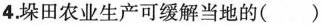
4.垛田农业生产可缓解当地的()